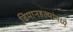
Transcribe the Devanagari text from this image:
विमानहल्यांमध्ये